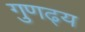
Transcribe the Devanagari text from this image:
गुणढ्य